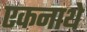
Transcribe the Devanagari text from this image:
एकनाथे